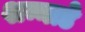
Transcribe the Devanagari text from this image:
शन्नाडे